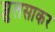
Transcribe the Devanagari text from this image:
झुलसाकर